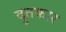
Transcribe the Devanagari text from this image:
दुतकार